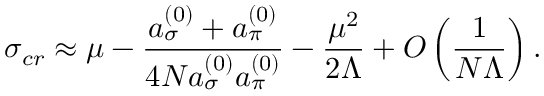
\sigma _ { c r } \approx \mu - \frac { a _ { \sigma } ^ { ( 0 ) } + a _ { \pi } ^ { ( 0 ) } } { 4 N a _ { \sigma } ^ { ( 0 ) } a _ { \pi } ^ { ( 0 ) } } - \frac { \mu ^ { 2 } } { 2 \Lambda } + O \left( \frac { 1 } { N \Lambda } \right) .